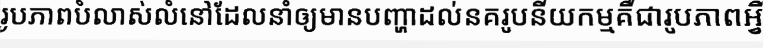
រូបភាពបំលាស់លំនៅដែលនាំឲ្យមានបញ្ហាដល់នគរូបនីយកម្មគឺជារូបភាពអ្វី